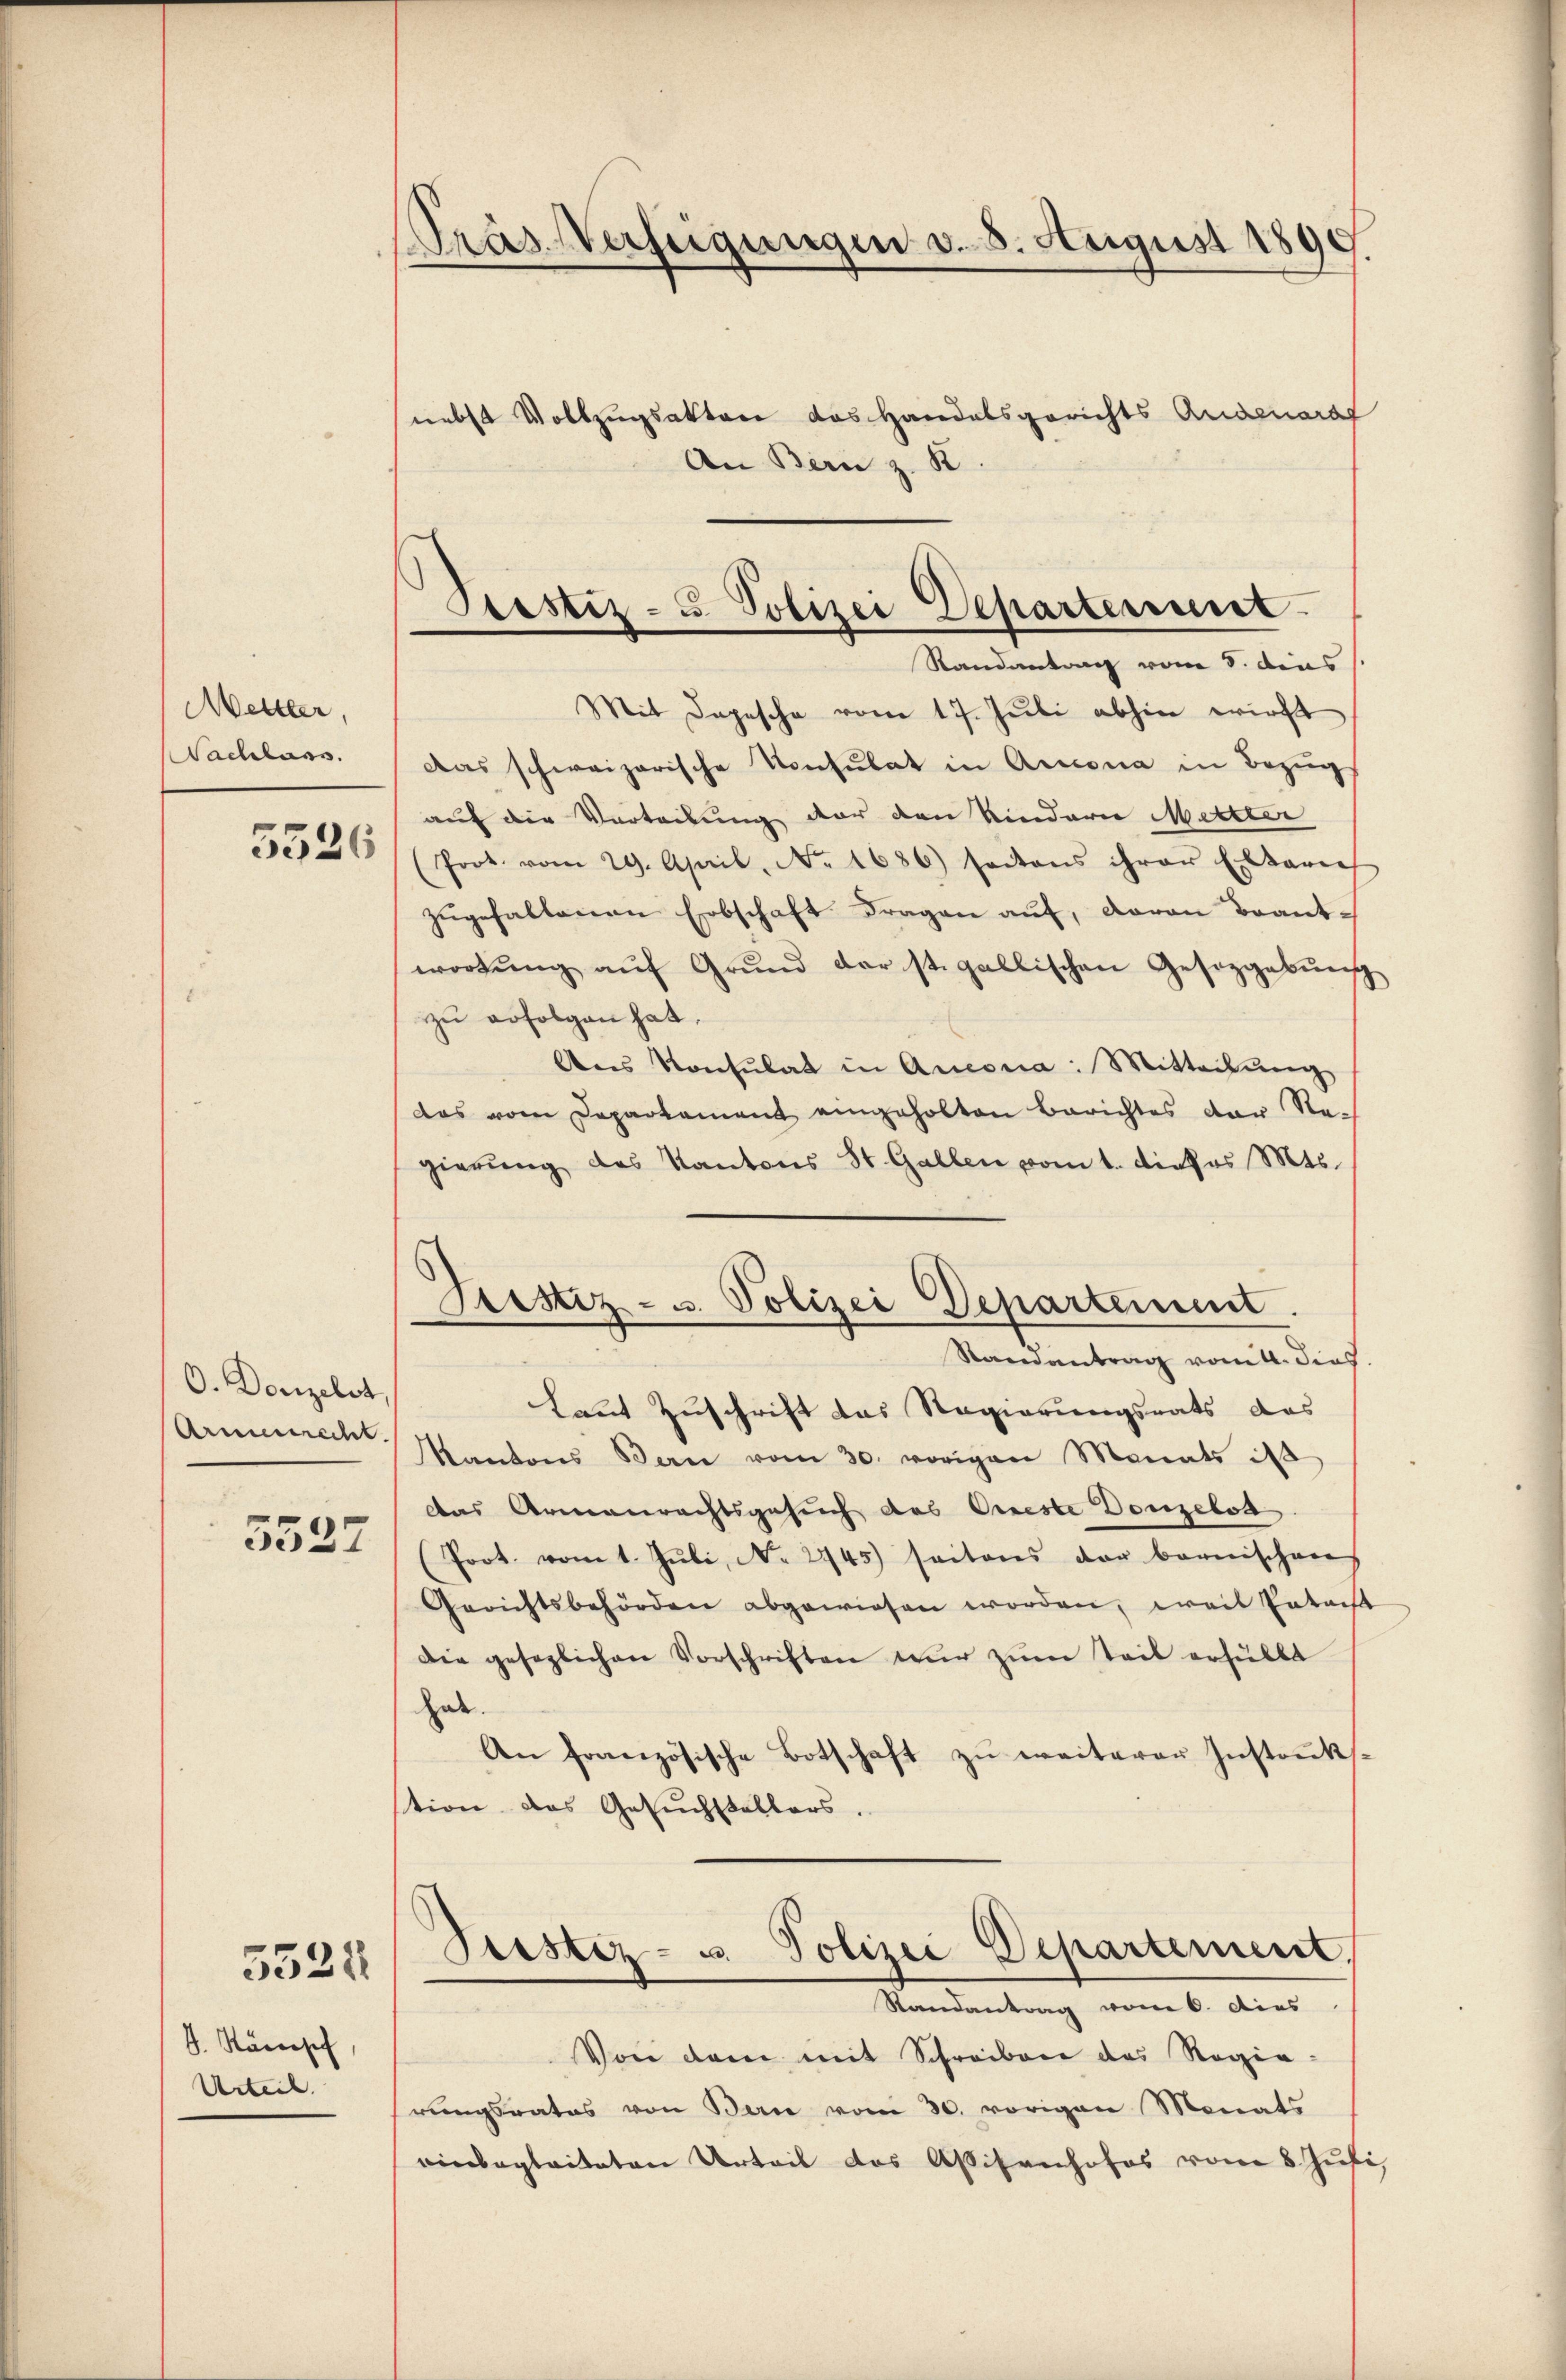
Metter,
Nachlass
5526

O. Denzelst,
Armenrecht.
5527

5522

d. Ränisch
Urteil.

Tras Verfügungen v. 8. August 1890.
nebst Vollzugsaktere das Handelsgerichts Augenard
An Bern z. R

Mit Depesche vom 17. Juli abhin wirft
Das schweizerische Konsulat in Arcona in Bezug
auf die Vorteilung vor den Kindern Mettler
(Prot. vom 29. April, No. 1686) satons ihrer Erbbariel
zŭgefallenen Erbschaft Fragen auf, daran Brantwortŭng aŭf Grŭnd der st. gallischen Gesetzgebŭng
zu erfolgen hat,
Ans Konsulat in Arcona: Mitteilŭng
das vom Departament eingeholten Berichtes der Re-
gierung des Kantons St. Gallen vom 1. dieses Mts.
Laut Zuschrift das Regierungsrats das
Kantons Bern vom 30. vorigen Monats d
das Armenrechtsgesuch des Oeste Donzebot
Prot. vom 1. Juli, No. 2745) seitens der bernischeres
Gerichtsbehörden abgewiesen worden, weil Entars
Die gesezlichen Vorschriften nŭr zŭm Teil erhälte
Gede.
An französische Botschaft zŭ weiterer Instrŭk-
stion des Gesuchstellers.
Seestez- u. Polizei Departement.
Randantrag vom 6. dies
Von dem mit Schreiben das Regierungsrates von Bern vom 30. vorigen Monats
einbegleiteten Urteil des Aßisanhofes vom 8. Juli

Srestiz- & Polizei Departement
Randantrag vom 8. dens

Grestiz- u. Polizei Departement.
Randantrag vom 4. dies